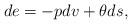
LaTeX: \begin{align*} de=-pdv+\theta ds,\end{align*}